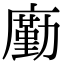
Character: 㢙